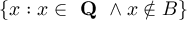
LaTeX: \{ x : x \in { \textbf { Q } } \land x \notin B \}